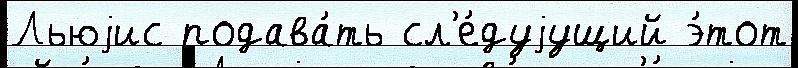
Льюjис подава́ть сл'е́дуjущий э́тот